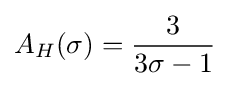
A_{H}(\sigma )={\frac {3}{3\sigma -1}}